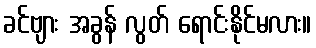
ခင်ဗျား အခွန် လွတ် ရောင်းနိုင်မလား။